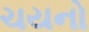
ચયનો